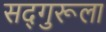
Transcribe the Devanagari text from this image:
सद्‌गुरूला